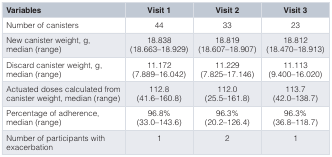
<table><thead><tr><td><b>Variables</b></td><td><b>Visit 1</b></td><td><b>Visit 2</b></td><td><b>Visit 3</b></td></tr></thead><tbody><tr><td>Number of canisters</td><td>44</td><td>33</td><td>23</td></tr><tr><td>New canister weight, g,median (range)</td><td>18.838(18.663–18.929)</td><td>18.819(18.607–18.907)</td><td>18.812(18.470–18.913)</td></tr><tr><td>Discard canister weight, g,median (range)</td><td>11.172(7.889–16.042)</td><td>11.229(7.825–17.146)</td><td>11.113(9.400–16.020)</td></tr><tr><td>Actuated doses calculated fromcanister weight, median (range)</td><td>112.8(41.6–160.8)</td><td>112.0(25.5–161.8)</td><td>113.7(42.0–138.7)</td></tr><tr><td>Percentage of adherence,median (range)</td><td>96.8%(33.0–143.6)</td><td>96.3%(20.2–126.4)</td><td>96.3%(36.8–118.7)</td></tr><tr><td>Number of participants withexacerbation</td><td>1</td><td>2</td><td>1</td></tr></tbody></table>